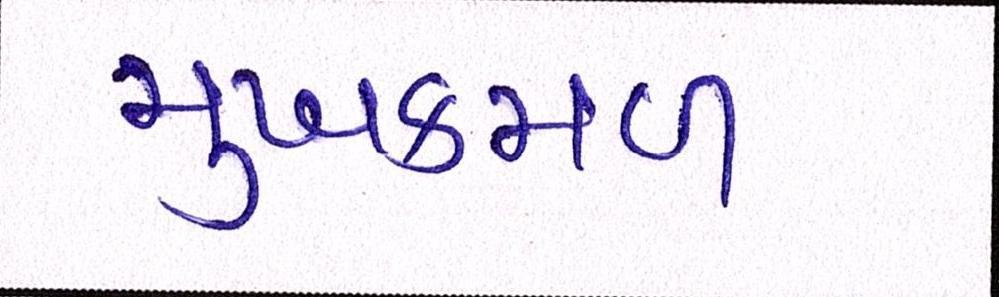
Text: મુખકમળ